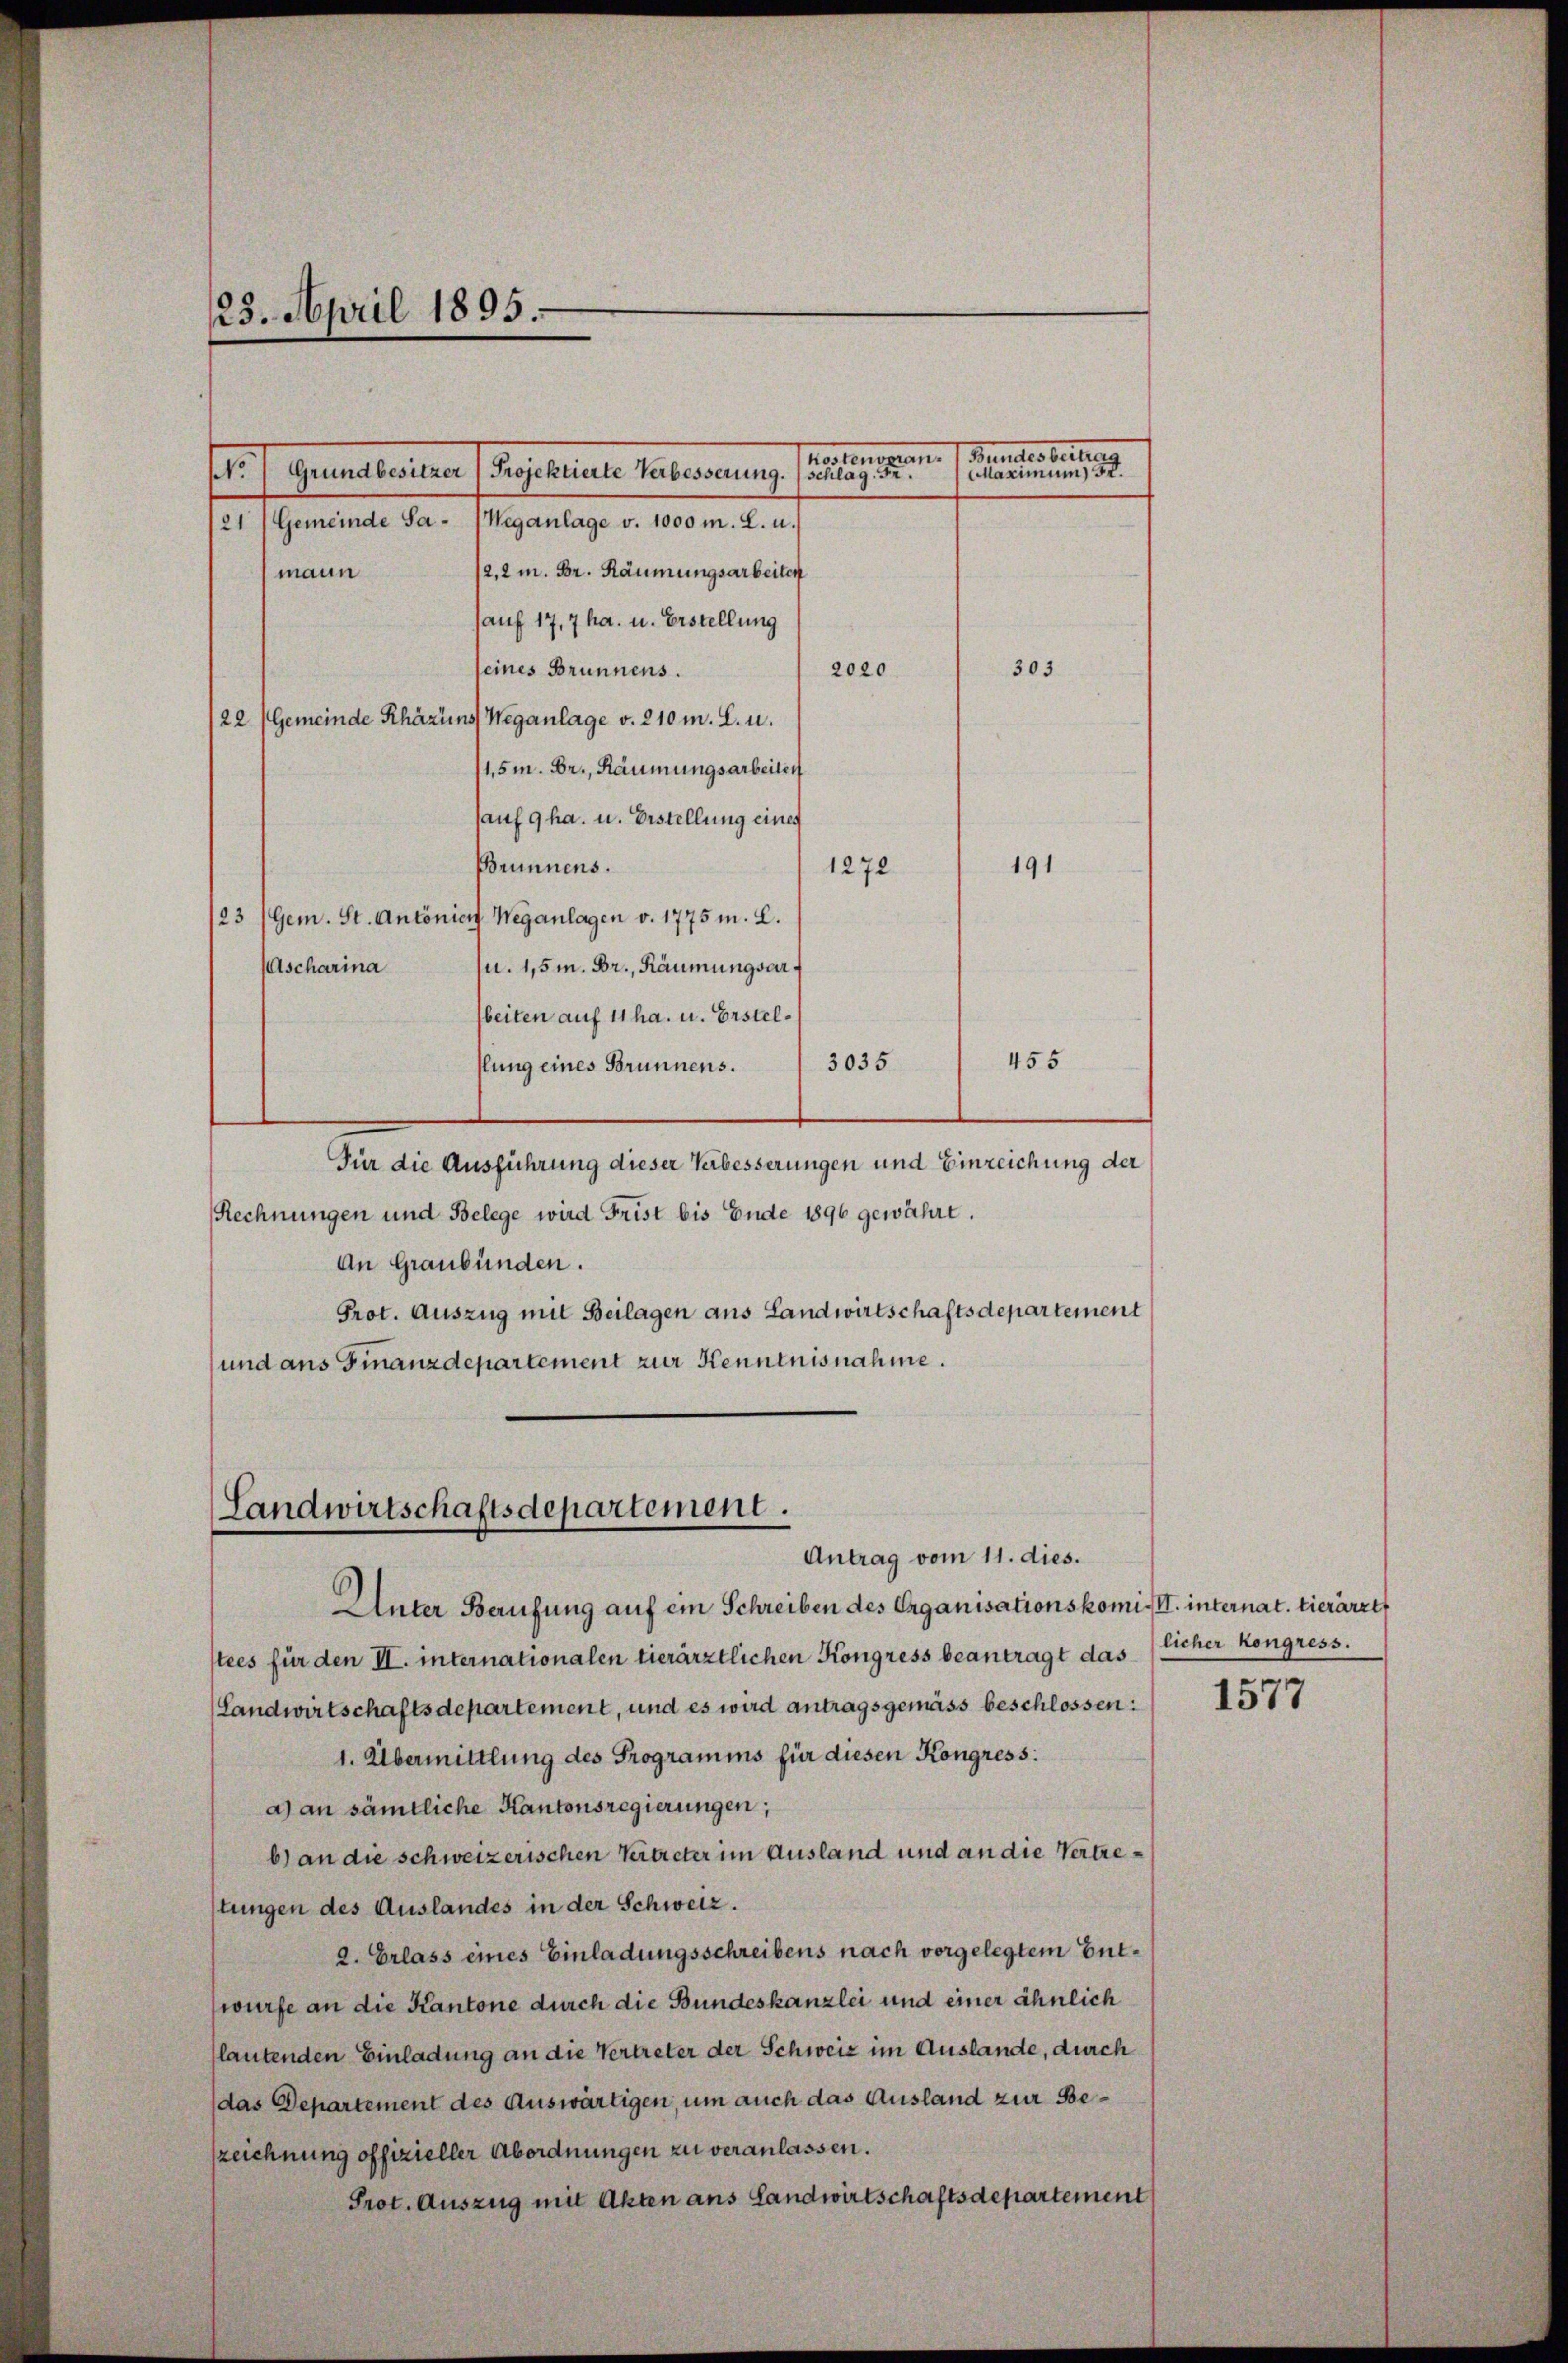
.
Grundbwicker (Projektirte Verbesserung. (schlag
21) Gemeinde Sa- (Weganlage v. 1000 m. L. u.
/2,2 m. Br. Räumungsarbeiten
mann
sauf 17,7 ha. u. Erstellung
2020
seines Brunnens.
22/Gemeinde Rhäzins Weganlage v. 210 m. L. u.
11,5m. Br., Räumungsarbeiten
auf 9 ha. u. Erstellung einer
191
Brunnens.
1272
23 /Gem. St. Antonier Weganlagen v. 1775 m. L.
Ascharina
u. 1,5 m. Dr., Räumungsarbeiten auf 11 ha. u. Erstel¬
455
3035
flung eines Brunnens.
Für die Ausführung dieser Verbesserungen und Einreichung der
Rechnungen und Belege wird Frist bis Ende 1896 gewährt.
An Graubünden.
Prot. Auszug mit Beilagen aus Landwirtschaftsdepartement
und aus Finanzdepartement zur Kenntnisnahme.

123. April 1895.

Rantonsans Bundes berung
ee einen um 15.

303

Landwirtschaftsdepartement.
Antrag vom 11. dies.
Unter Berufung auf ein Schreiben des Erganisationskomis. internat. tierärzet

tees für den II. internationalen tierärztlichen Kongress beantragt das
(Landwirtschaftsdepartement, und es wird antragsgemäss beschlossen:
1. Übermittlung des Programins für diesen Kongress:
a) an sämtliche Kantonsregierungen;
b) an die schweizerischen Kertreter im Ausland und an die Vertrestungen des Auslandes in der Schweiz.
2. Erlass eines Einladungsschreibens nach vorgelegtem Entwürfe an die Kantone durch die Bundeskanzlei und einer ähnlich
(lautenden Einladung an die Vertreter der Schweiz im Auslande, durch
(das Departement des Auswärtigen, um auch das Ausland zur Beszeichnung offizieller Abordnungen zu veranlassen.
Prot. Auszug mit Akten ans Landwirtschaftsdepartement

licher Kongress.

1577